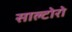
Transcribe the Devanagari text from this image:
साल्टोरो